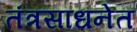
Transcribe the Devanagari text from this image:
तंत्रसाधनेत